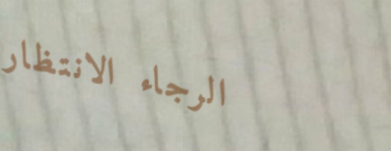
الرجاء الانتظار